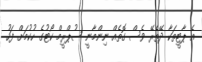
އެ ޕާޓީތަކާ ދޭތެރޭ ވެސް ގޮތެއް ނިންމާނީ ސުޕްރީމް ކޯޓުގެ ހުކުމަށް ފަހު